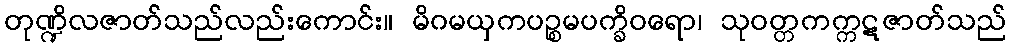
တုဏ္ဍိလဇာတ်သည်လည်းကောင်း။ မိဂမယှကပဉ္စမပက္ခိဝရော၊ သုဝတ္တကက္ကဋဇာတ်သည်